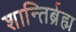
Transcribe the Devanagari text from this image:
शान्तिर्ब्रह्म